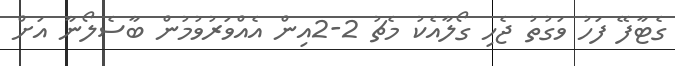
ގެޓާފޭ ފަހު ވަގުތު ޖެހި ގޯލާއެކު މެޗު 2-2އިން އެއްވަރުވުމުން ބާސެލޯނާ އަށް